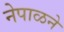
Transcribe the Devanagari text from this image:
नेपाळने